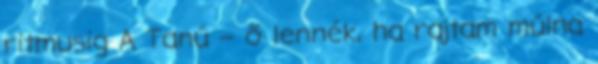
ritmusig A Tanú – ő lennék, ha rajtam múlna